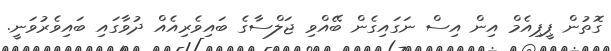
ގޮތުން ޕީޕިއެމް އިން އިސް ނަގައިގެން ބޭއްވި ޖަލްސާގެ ބައިވެރިއެއް ދުވާގައި ބައިވެރުވަނީ.